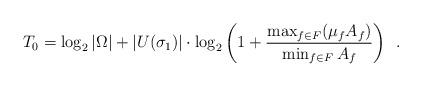
LaTeX: \begin{align*}T_0 = \log_2 | \Omega | + |U(\sigma_1) |\cdot \log_2 \left(1 + \frac{ \max_{f \in F}(\mu_f A_f)}{ \min_{f \in F} A_f} \right) \enspace .\end{align*}